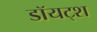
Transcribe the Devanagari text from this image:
डॉयट्श